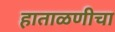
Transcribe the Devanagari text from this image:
हाताळणीचा